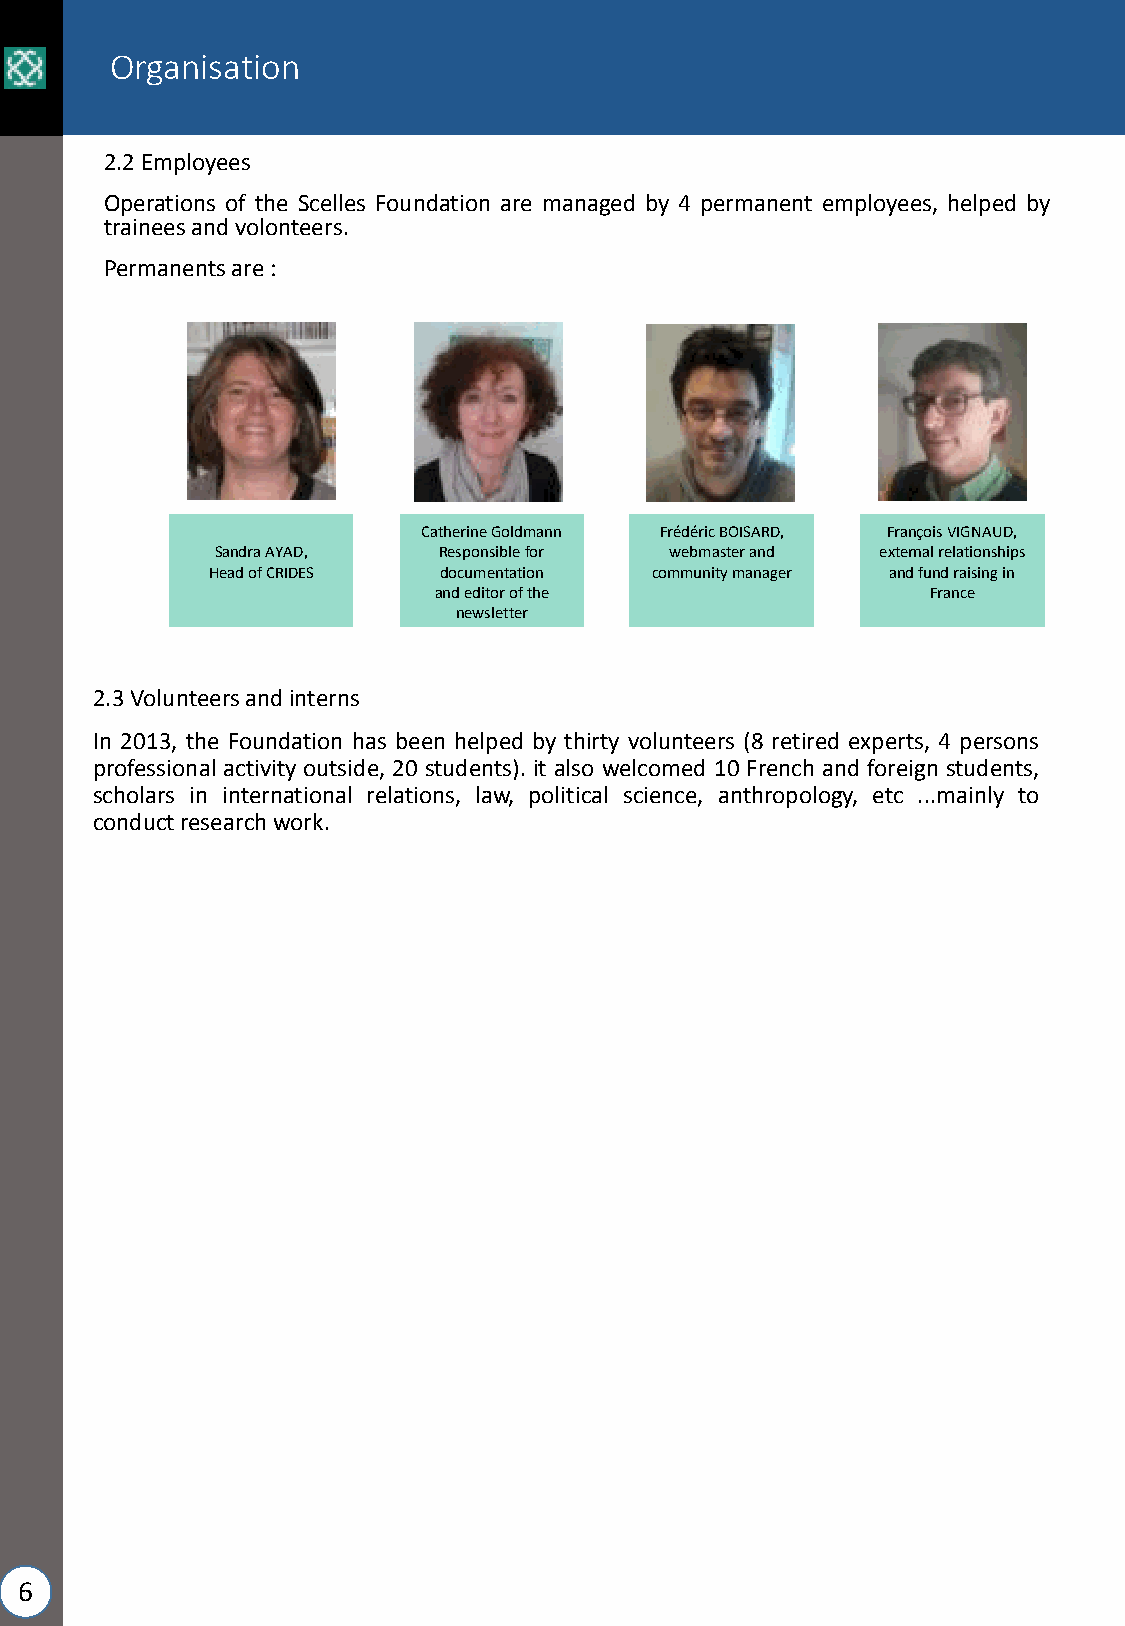
Organisation
 2.2Employees
 Operations of the Scelles Foundation are managed by 4 permanent employees, helped by
 traineesandvolonteers.
 Permanentsare:
 Catherine Goldmann FrédéricBOISARD, François VIGNAUD,
 Sandra AYAD,   Responsible for webmaster and external relationships
 Head of CRIDES documentation community manager and fund raising in
 and editor of the                France
 newsletter
 2.3Volunteersandinterns
 In 2013, the Foundation has been helped by thirty volunteers (8 retired experts, 4 persons
 professional activity outside, 20 students). it also welcomed 10 French and foreign students,
 scholars in international relations, law, political science, anthropology, etc ...mainly to
 conductresearchwork.
 6